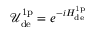
\mathcal { U } _ { \mathrm { d e } } ^ { \mathrm { 1 p } } = e ^ { - i H _ { \mathrm { d e } } ^ { \mathrm { 1 p } } }